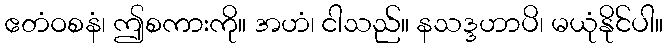
ဧတံဝစနံ၊ ဤစကားကို။ အဟံ၊ ငါသည်။ နသဒ္ဒဟာပိ၊ မယုံနိုင်ပါ။